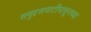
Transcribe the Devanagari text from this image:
समुद्रसपाटीपासूनच्या